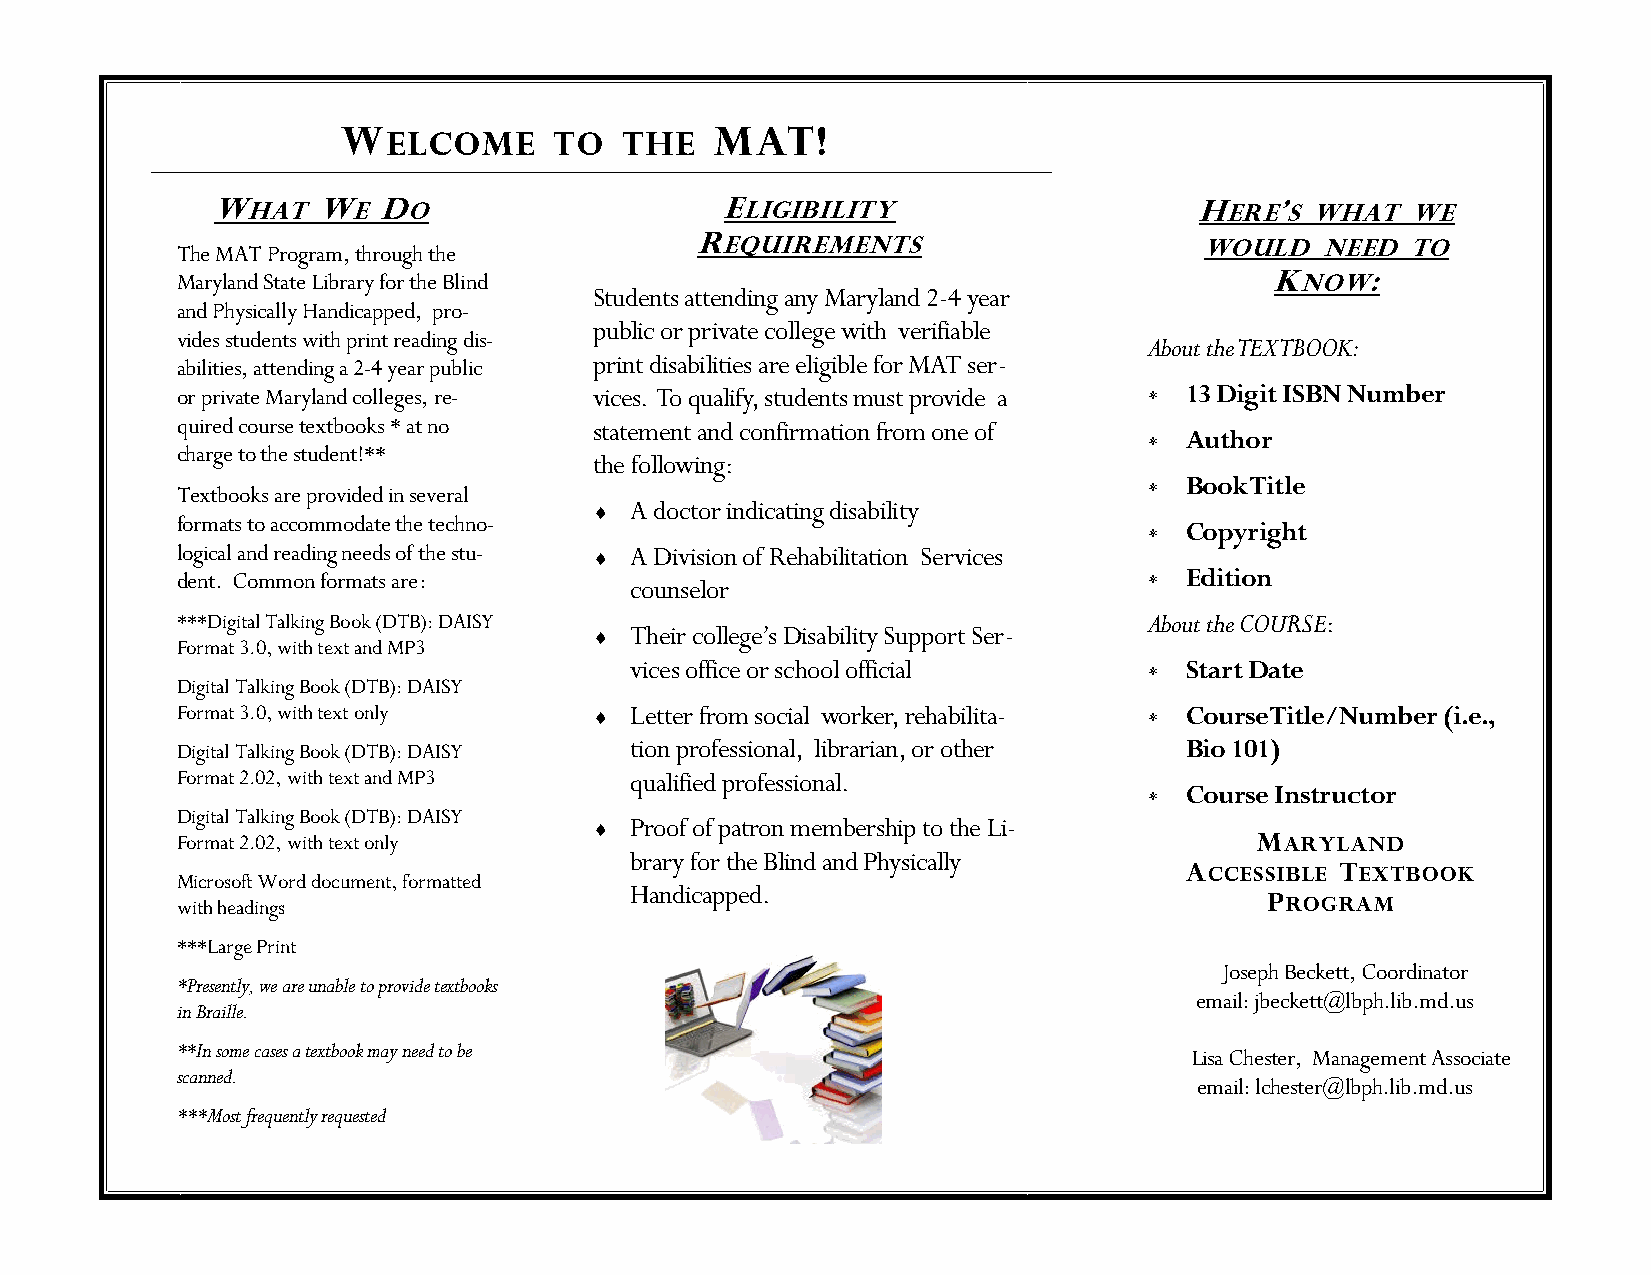
W                       MAT!
 ELCOME     TO  THE
 WHAT   WE  DO                     ELIGIBILITY                    HERE’S  WHAT  WE
 REQUIREMENTS
 WOULD  NEED  TO
 The MAT Program, through the
 Maryland State Library for the Blind                                    KNOW:
 Students attending any Maryland 2-4 year
 and Physically Handicapped, pro-
 public or private college with verifiable
 vides students with print reading dis-
 About the TEXTBOOK:
 abilities, attending a 2-4 year public print disabilities are eligible for MAT ser-
 or private Maryland colleges, re- vices. To qualify, students must provide a  13 Digit ISBN Number
 quired course textbooks * at no statement and confirmation from one of
  Author
 charge to the student!**
 the following:
  Book Title
 Textbooks are provided in several
   A doctor indicating disability
 formats to accommodate the techno-                               Copyright
 logical and reading needs of the stu-  A Division of Rehabilitation Services
 dent. Common formats are:                                        Edition
 counselor
 ***Digital Talking Book (DTB): DAISY                            About the COURSE:
   Their college’s Disability Support Ser-
 Format 3.0, with text and MP3
 vices office or school official    Start Date
 Digital Talking Book (DTB): DAISY
 Format 3.0, with text only   Letter from social worker, rehabilita-  Course Title/Number (i.e.,
 Digital Talking Book (DTB): DAISY tion professional, librarian, or other Bio 101)
 Format 2.02, with text and MP3 qualified professional.
  Course Instructor
 Digital Talking Book (DTB): DAISY
   Proof of patron membership to the Li-
 Format 2.02, with text only                                            MARYLAND
 brary for the Blind and Physically
 ACCESSIBLE TEXTBOOK
 Microsoft Word document, formatted
 Handicapped.
 with headings
 PROGRAM
 ***Large Print
 Joseph Beckett, Coordinator
 *Presently, we are unable to provide textbooks
 in Braille.
 email: jbeckett@ lbph.lib.md.us
 **In some cases a textbook may need to be
 Lisa Chester, Management Associate
 scanned.
 email: lchester@lbph.lib.md.us
 ***Most frequently requested